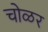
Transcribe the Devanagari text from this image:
चोळर